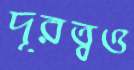
দূরত্বও